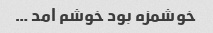
خوشمزه بود خوشم امد …